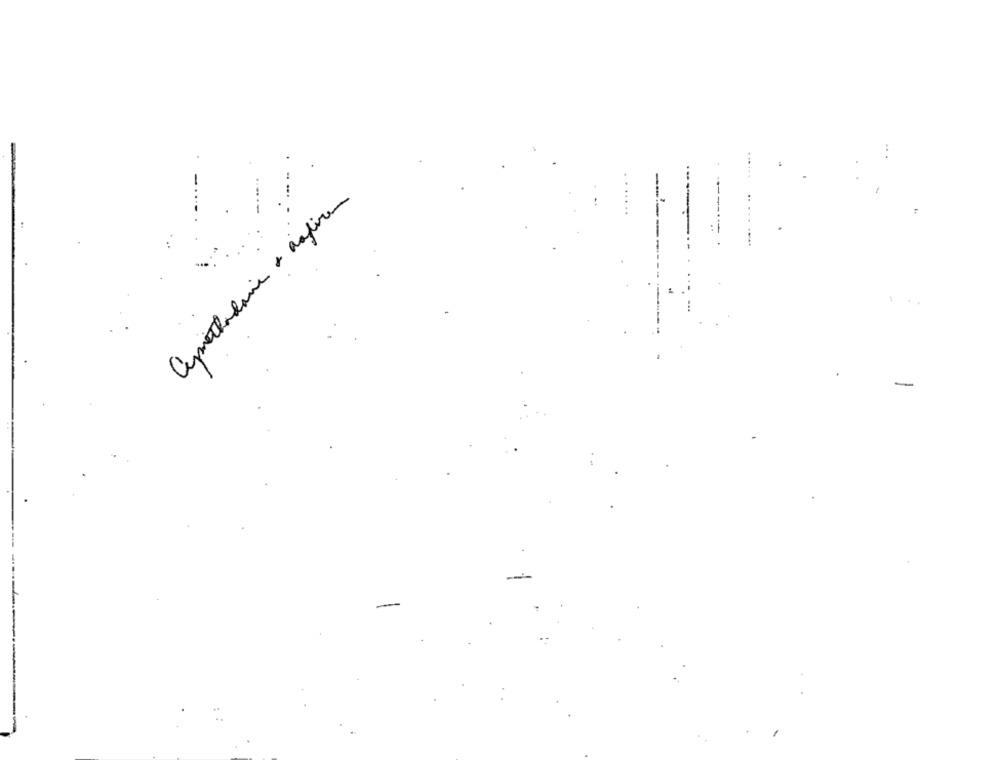
-
aprochadois + asfirem